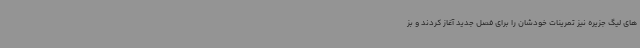
های لیگ جزیره نیز تمرینات خودشان را برای فصل جدید آغاز کردند و بز